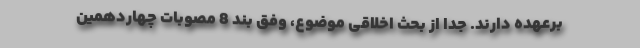
برعهده دارند. جدا از بحث اخلاقی موضوع، وفق بند 8 مصوبات چهاردهمین